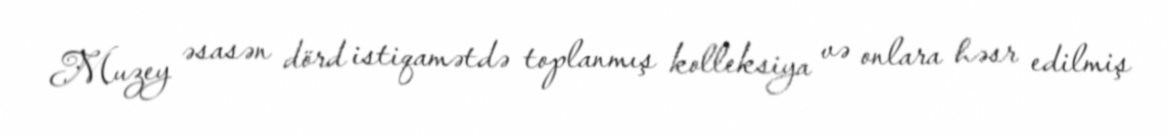
Muzey əsasən dörd istiqamətdə toplanmış kolleksiya və onlara həsr edilmiş